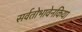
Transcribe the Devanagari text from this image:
सर्वतोभावेनकिया